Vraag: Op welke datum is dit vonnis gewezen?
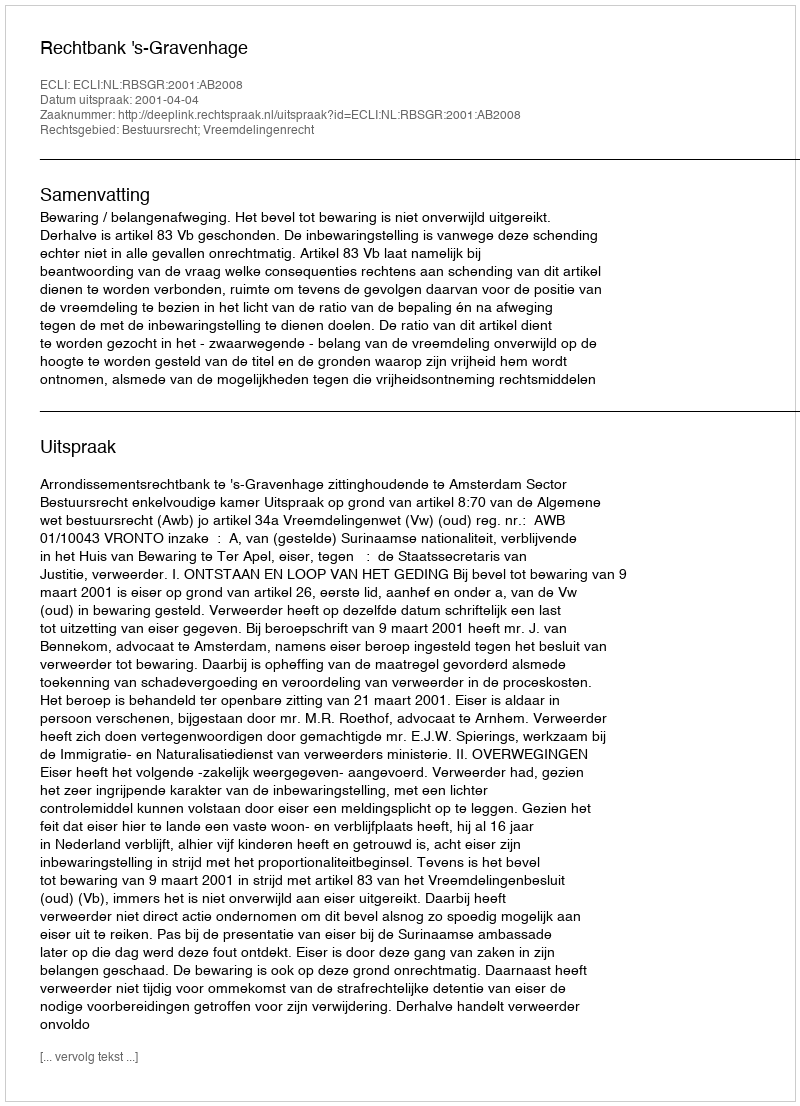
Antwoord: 2001-04-04